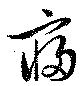
寝